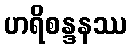
ဟရိစန္ဒနဿ